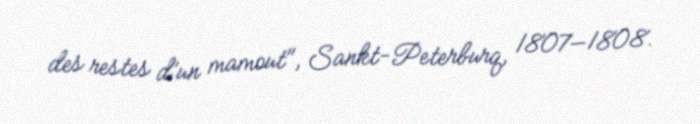
des restes d’un mamout", Sankt-Peterburq, 1807—1808.